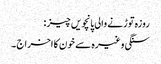
روزہ توڑنے والی پانچویں چیز :
سنگی وغیرہ سے خون کا اخراج ۔